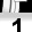
Digit: 1